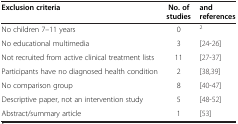
| Exclusion criteria | No. of studies | and references |
 | --- | --- | --- |
 | No children 7–11 years | 0 | 2 |
 | No educational multimedia | 3 | [24-26] |
 | Not recruited from active clinical treatment lists | 11 | [27-37] |
 | Participants have no diagnosed health condition | 2 | [38,39] |
 | No comparison group | 8 | [40-47] |
 | Descriptive paper, not an intervention study | 5 | [48-52] |
 | Abstract/summary article | 1 | [53] |